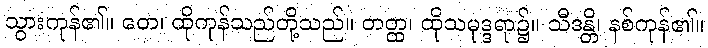
သွားကုန်၏။ တေ၊ ထိုကုန်သည်တို့သည်။ တတ္ထ၊ ထိုသမုဒ္ဒရာ၌။ သီဒန္တိ၊ နစ်ကုန်၏။